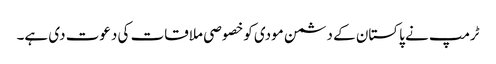
ٹرمپ نے پاکستان کے دشمن مودی کوخصوصی ملاقات کی دعوت دی ہے۔